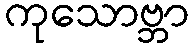
ကုသောဗ္ဘာ